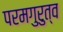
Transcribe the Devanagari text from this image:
परमगुरुत्व